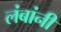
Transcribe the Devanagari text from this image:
लंबांनी